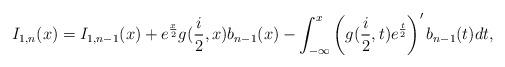
LaTeX: \begin{align*}I_{1,n}(x)=I_{1,n-1}(x)+e^{\frac{x}{2}}g(\frac{i}{2},x)b_{n-1}(x)-\int_{-\infty}^{x}\left( g(\frac{i}{2},t)e^{\frac{t}{2}}\right) ^{\prime}b_{n-1}(t)dt, \end{align*}